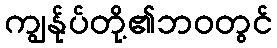
ကျွန်ုပ်တို့၏ဘဝတွင်